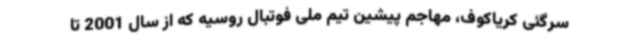
سرگئی کریاکوف، مهاجم پیشین تیم ملی فوتبال روسیه که از سال 2001 تا